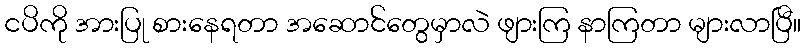
ငပိကို အားပြု စားနေရတာ အဆောင်တွေမှာလဲ ဖျားကြ နာကြတာ များလာပြီ။